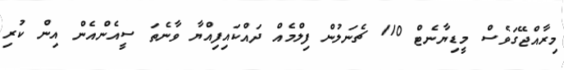
މިރާއްޖޭގަވެސް މީޑިޔާނެޓް 110 ޗެނަލުން ފިލްމެއް ދައްކައިފިއްޔާ ވާނެތަ ސީއެންއެން އިން ކުރި